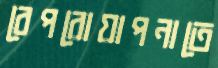
বেপরোয়াপনাতে